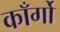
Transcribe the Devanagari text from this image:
काँर्गो